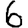
Digit: 6